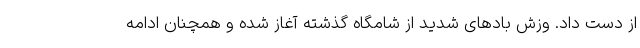
از دست داد. وزش بادهای شدید از شامگاه گذشته آغاز شده و همچنان ادامه